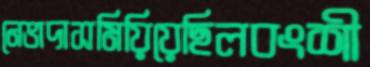
নেভাদাসমিয়িয়েছিলবংশী